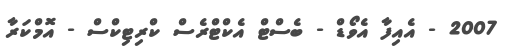
2007 - އެއިފާ އެވޯޑް - ބެސްޓް އެކްޓްރެސް ކްރިޓިކްސް - އޮމްކަރާ